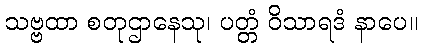
သဗ္ဗထာ စတုဌာနေသု၊ ပတ္တံ ဝိသာရဒံ နာပေ။